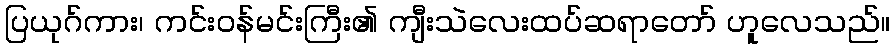
ပြယုဂ်ကား၊ ကင်းဝန်မင်းကြီး၏ ကျီးသဲလေးထပ်ဆရာတော် ဟူလေသည်။